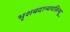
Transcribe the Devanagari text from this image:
भृशबदान्वयसिन्धू